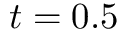
t = 0 . 5